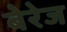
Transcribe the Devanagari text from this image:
बेरेज